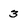
Character: 3